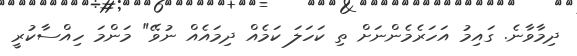
ދިމާވާނެ. ގައިމު އަހަރެމެންނަށް ތި ކަހަލަ ކަމެއް ދިމައެއް ނުވޭ" މަންމަ ހިއްސާކުރީ